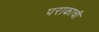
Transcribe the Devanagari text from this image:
पराकाची